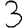
Digit: 3